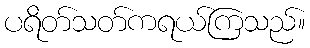
ပရိတ်သတ်ကရယ်ကြသည်။